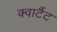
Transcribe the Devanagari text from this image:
क्वार्टैट